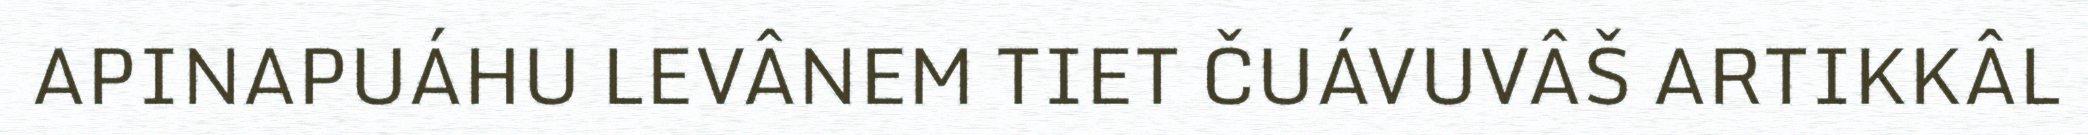
APINAPUÁHU LEVÂNEM TIET ČUÁVUVÂŠ ARTIKKÂL